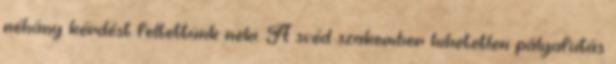
néhány kérdést feltettünk neki. A svéd szakember hihetetlen pályafutás